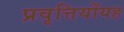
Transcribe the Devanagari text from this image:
प्रवृत्तियोंयह